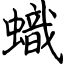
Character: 蟙